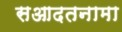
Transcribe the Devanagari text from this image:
सआदतनामा